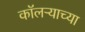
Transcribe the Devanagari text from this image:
कॉलऱ्याच्या